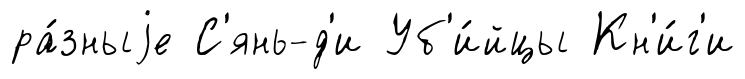
ра́зныjе С'янь-д'и Уб'и́йцы Кн'и́г'и